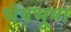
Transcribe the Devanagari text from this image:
भेषभूषा